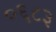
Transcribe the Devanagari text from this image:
०६८३